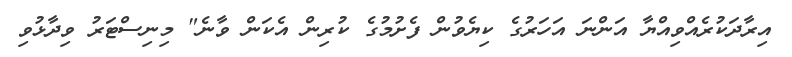
އިރާދަކުރެއްވިއްޔާ އަންނަ އަހަރުގެ ކިޔެވުން ފެށުމުގެ ކުރިން އެކަން ވާނެ" މިނިސްޓަރު ވިދާޅުވި